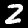
Label: 2